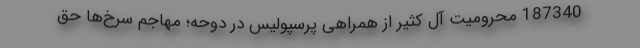
187340 محرومیت آل کثیر از همراهی پرسپولیس در دوحه؛ مهاجم سرخ‌ها حق